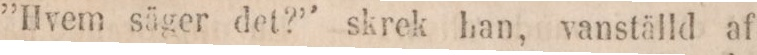
”Hvem säger det?” skrek han, vanställd af